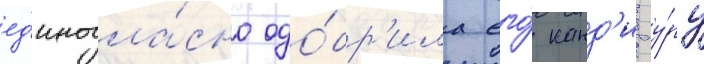
ед'иногла́сно одо́бр'ила его́ канд'идату́ру